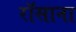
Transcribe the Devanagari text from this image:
रॉसाना